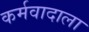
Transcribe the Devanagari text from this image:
कर्मवादाला